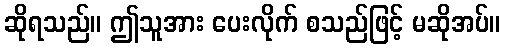
ဆိုရသည်။ ဤသူအား ပေးလိုက် စသည်ဖြင့် မဆိုအပ်။